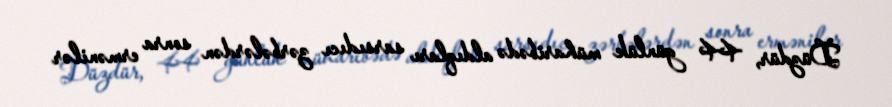
Düzdür, 44 günlük müharibədə aldıqları sarsıdıcı zərbələrdən sonra ermənilər